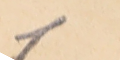
1